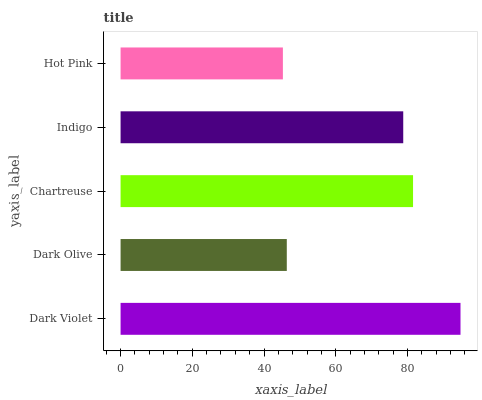
| yaxis_label | bars |
 | --- | --- |
 | Dark Violet | 94.8 |
 | Dark Olive | 46.3 |
 | Chartreuse | 81.6 |
 | Indigo | 78.8 |
 | Hot Pink | 45.3 |